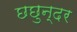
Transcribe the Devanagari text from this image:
छछुन्दर